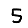
Digit: 5